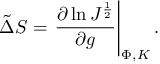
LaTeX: \tilde { \Delta } S = \left. { \frac { \partial \ln J ^ { \frac { 1 } { 2 } } } { \partial g } } \right| _ { \Phi , K } .